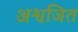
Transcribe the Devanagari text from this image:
अश्वजित